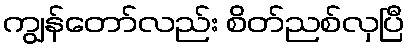
ကျွန်တော်လည်း စိတ်ညစ်လှပြီ